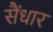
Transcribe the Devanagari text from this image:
सैंधार